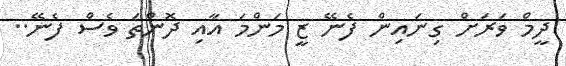
ދީމް ވަރަށް ގިނައިން ފެނޭ ޒީ މަންމަ އާއި ދޮންތަ ވެސް ފެނޭ..